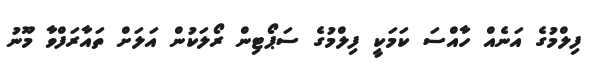
ފިލްމުގެ އަނެއް ހާއްސަ ކަމަކީ ފިލްމުގެ ސަޕޯޓިން ރޯލަކުން އަލަށް ތައާރަފްވާ މޫނު